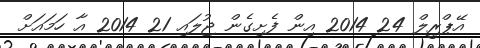
އޭޕްރީލް 24 2014 އިން ފެށިގެން ޖުލައި 21 2014 އާ ހަމައަށް